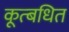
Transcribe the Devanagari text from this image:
कूत्बधित